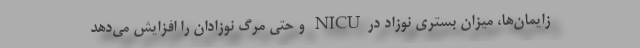
زایمان‌ها، میزان بستری نوزاد درNICU و حتی مرگ نوزادان را افزایش می‌دهد